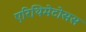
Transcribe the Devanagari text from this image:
एरिथिमेटोसस